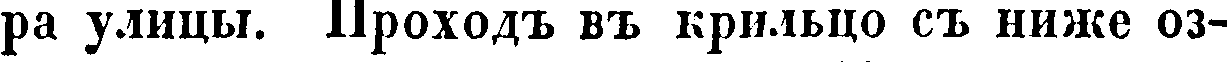
ра улицы. Проходъ въ крильцо съ ниже оз-